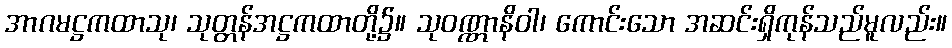
အာဂမဋ္ဌကထာသု၊ သုတ္တန်အဋ္ဌကထာတို့၌။ သုဝဏ္ဏာနိဝါ၊ ကောင်းသော အဆင်းရှိကုန်သည်မူလည်း။